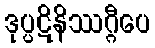
ဒုပ္ပဋိနိဿဂ္ဂီပေ